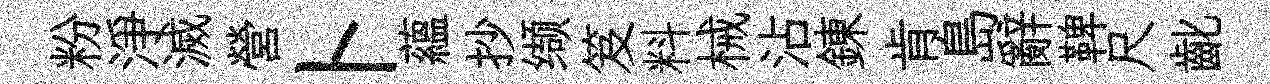
粉淨滅營卜藴抄缬笈料械沾錬肯島辭鞞尺齔